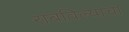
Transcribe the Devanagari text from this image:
राबविल्याचा